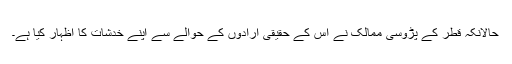
حالانکہ قطر کے پڑوسی ممالک نے اس کے حقیقی ارادوں کے حوالے سے اپنے خدشات کا اظہار کیا ہے۔